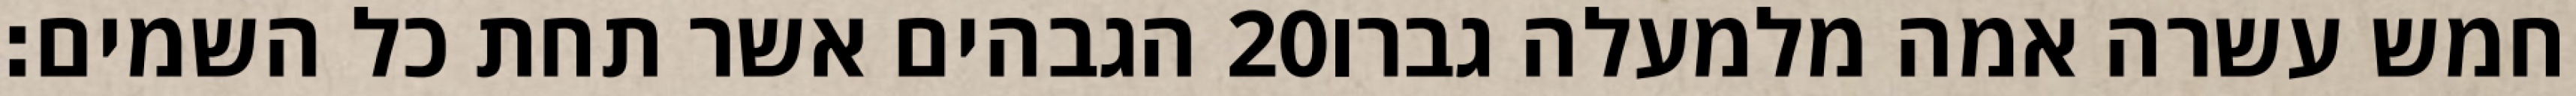
הגבהים אשר תחת כל השמים׃ ‎20‏ חמש עשרה אמה מלמעלה גברו